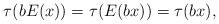
LaTeX: \begin{align*}\tau(bE(x))=\tau(E(bx))=\tau(bx),\end{align*}